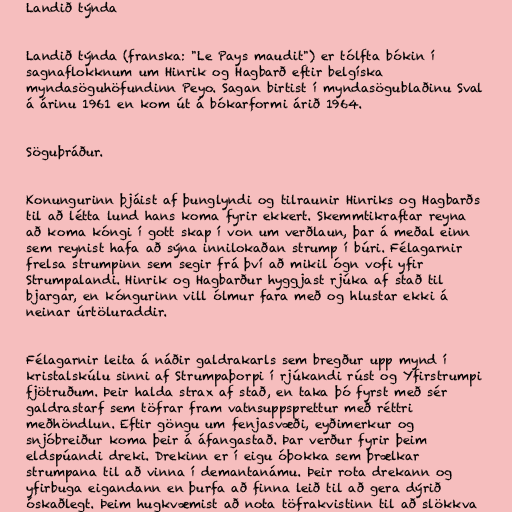
Landið týnda

Landið týnda (franska: "Le Pays maudit") er tólfta bókin í
sagnaflokknum um Hinrik og Hagbarð eftir belgíska
myndasöguhöfundinn Peyo. Sagan birtist í myndasögublaðinu Sval
á árinu 1961 en kom út á bókarformi árið 1964.

Söguþráður.

Konungurinn þjáist af þunglyndi og tilraunir Hinriks og Hagbarðs
til að létta lund hans koma fyrir ekkert. Skemmtikraftar reyna
að koma kóngi í gott skap í von um verðlaun, þar á meðal einn
sem reynist hafa að sýna innilokaðan strump í búri. Félagarnir
frelsa strumpinn sem segir frá því að mikil ógn vofi yfir
Strumpalandi. Hinrik og Hagbarður hyggjast rjúka af stað til
bjargar, en kóngurinn vill ólmur fara með og hlustar ekki á
neinar úrtöluraddir.

Félagarnir leita á náðir galdrakarls sem bregður upp mynd í
kristalskúlu sinni af Strumpaþorpi í rjúkandi rúst og Yfirstrumpi
fjötruðum. Þeir halda strax af stað, en taka þó fyrst með sér
galdrastarf sem töfrar fram vatnsuppsprettur með réttri
meðhöndlun. Eftir göngu um fenjasvæði, eyðimerkur og
snjóbreiður koma þeir á áfangastað. Þar verður fyrir þeim
eldspúandi dreki. Drekinn er í eigu óþokka sem þrælkar
strumpana til að vinna í demantanámu. Þeir rota drekann og
yfirbuga eigandann en þurfa að finna leið til að gera dýrið
óskaðlegt. Þeim hugkvæmist að nota töfrakvistinn til að slökkva